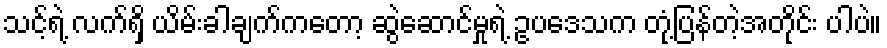
သင့်ရဲ့ လက်ရှိ ယိမ်းခါချက်ကတော့ ဆွဲဆောင်မှုရဲ့ ဥပဒေသက တုံ့ပြန်တဲ့အတိုင်း ပါပဲ။